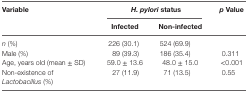
| <ROWSPAN=2> Variable | <COLSPAN=2> H. pylori status | <ROWSPAN=2> p Value |
 | Infected | Non-infected |
 | --- | --- | --- | --- |
 | n (%) | 226 (30.1) | 524 (69.9) |  |
 | Male (%) | 89 (39.3) | 186 (35.4) | 0.311 |
 | Age, years old (mean ± SD) | 59.0 ± 13.6 | 48.0 ± 15.0 | <0.001 |
 | Non-existence of Lactobacillus (%) | 27 (11.9) | 71 (13.5) | 0.55 |